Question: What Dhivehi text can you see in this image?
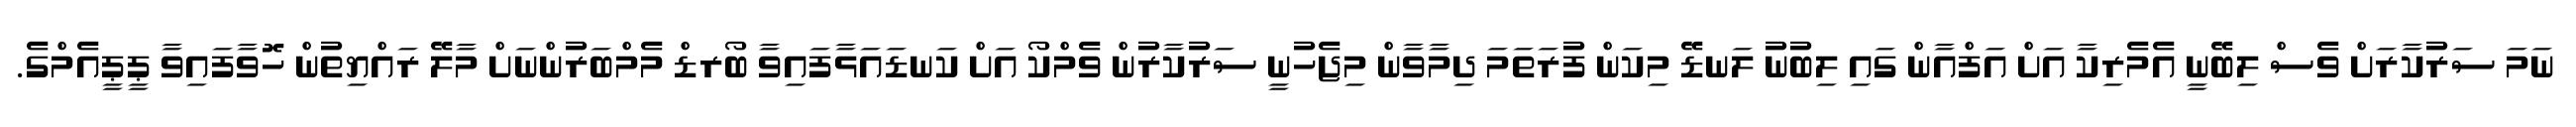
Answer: ނަމަ ސަރުކާރަށް ވެސް ލިބޭނީ އެމެރިކާ އަށް އަފްއާން ގައި ލިބުނު ލަނޑޭ މިކަން ފުރަތަމަ ދިމާވާން މިޖެހުނީ ސަރުކާރުން ވެމްކޯ އަށް ކަނޑައަޅާފައިވާ ބޯރޑް މެމްބަރުންނަށް މާލޭ ރައްޔިތުން ހޮވާފައިވާ ޕީޕީއެމްގެ.